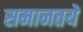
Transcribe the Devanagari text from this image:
समानतयें